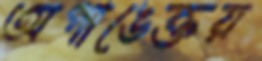
অপাঙেক্তয়